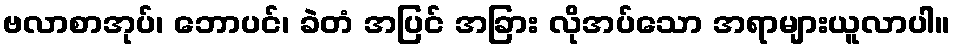
ဗလာစာအုပ်၊ ဘောပင်၊ ခဲတံ အပြင် အခြား လိုအပ်သော အရာများယူလာပါ။